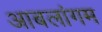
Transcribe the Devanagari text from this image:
आबलांगम